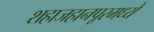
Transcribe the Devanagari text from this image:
शहाजहानपूरमध्ये